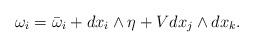
LaTeX: \begin{align*} \omega_i=\bar{\omega}_i+dx_i\wedge\eta + Vdx_j\wedge dx_k.\end{align*}